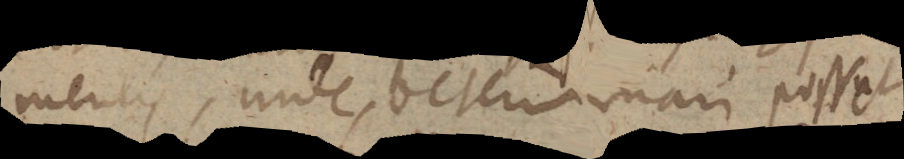
mentis, unde determinari posset